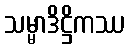
သမ္မာဒိဋ္ဌိကဿ